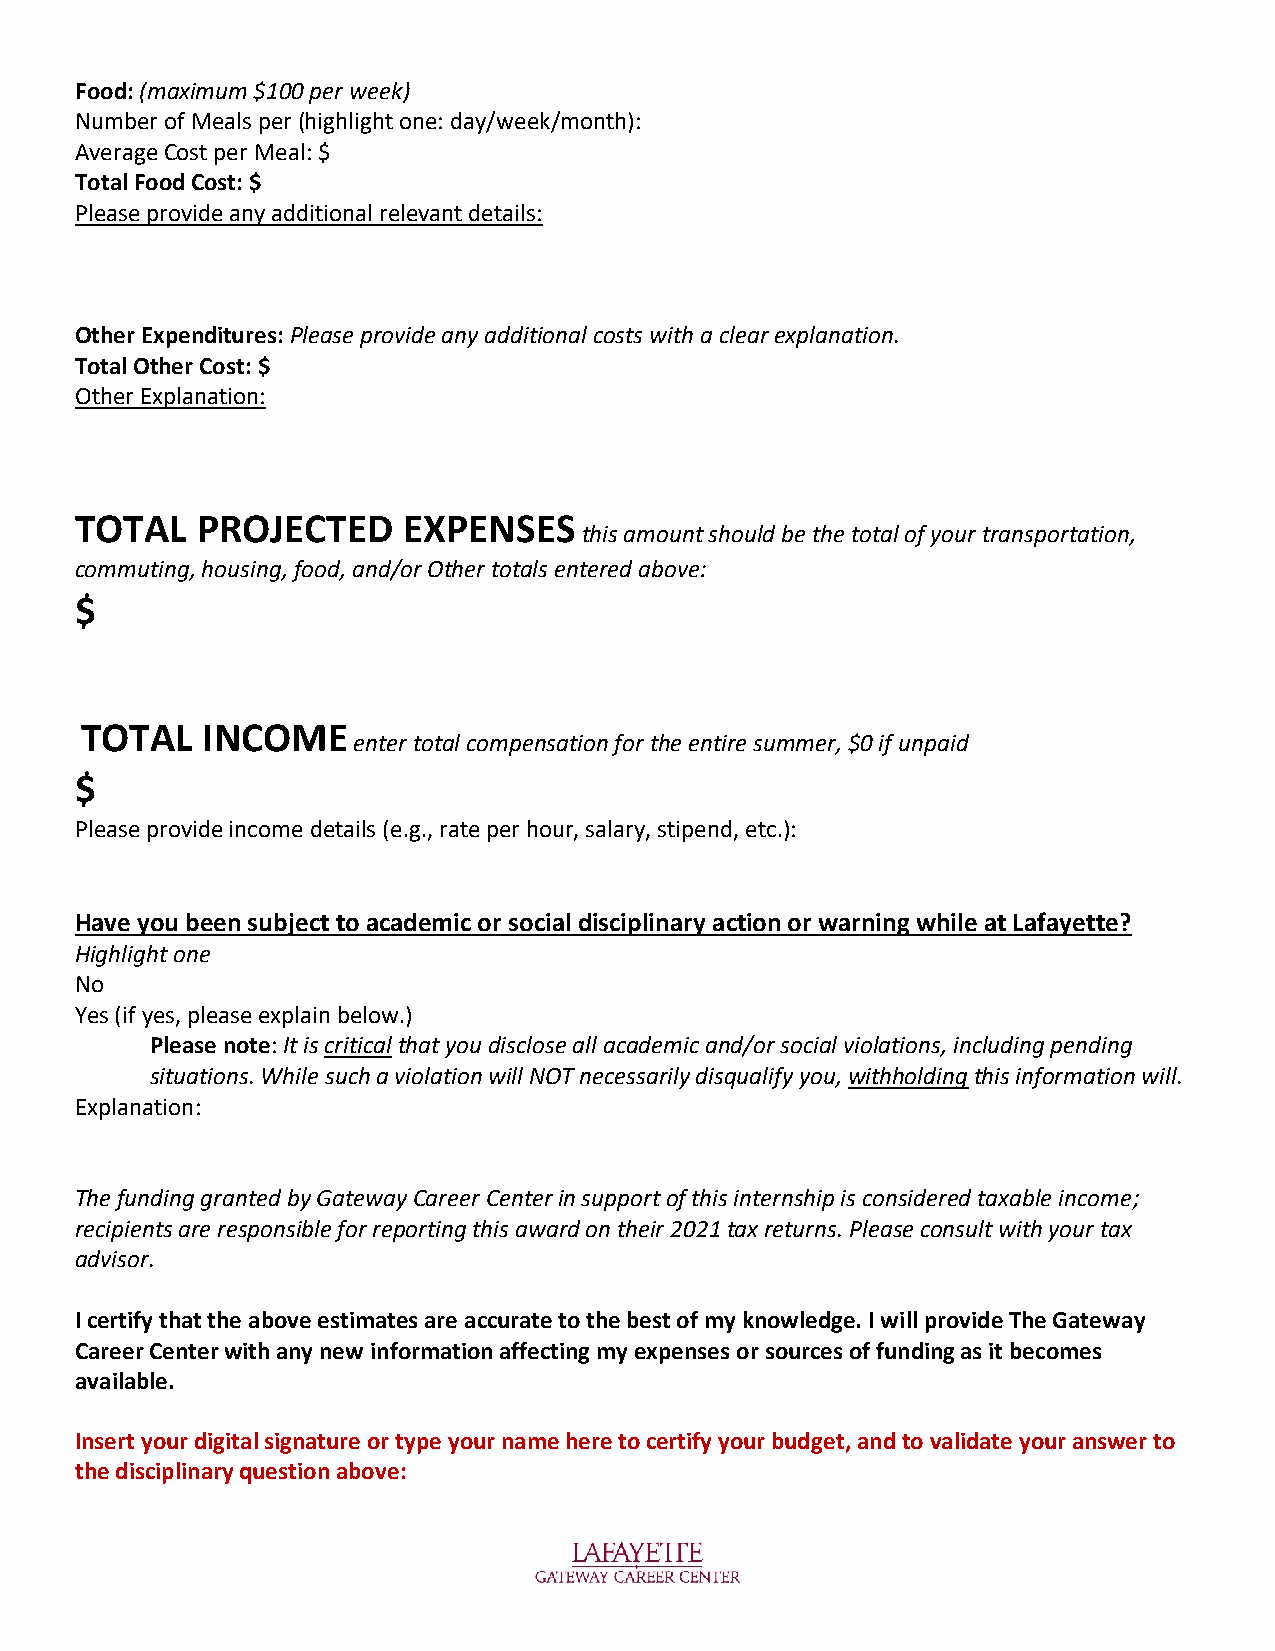
Food: (maximum $100 per week)
 Number of Meals per (highlight one: day/week/month):
 Average Cost per Meal: $
 Total Food Cost: $
 Please provide any additional relevant details:
 Other Expenditures: Please provide any additional costs with a clear explanation.
 Total Other Cost: $
 Other Explanation:
 TOTAL   PROJECTED     EXPENSES
 this amount should be the total of your transportation,
 commuting, housing, food, and/or Other totals entered above:
 $
 TOTAL   INCOME
 enter total compensation for the entire summer, $0 if unpaid
 $
 Please provide income details (e.g., rate per hour, salary, stipend, etc.):
 Have you been subject to academic or social disciplinary action or warning while at Lafayette?
 Highlight one
 No
 Yes (if yes, please explain below.)
 Please note: It is critical that you disclose all academic and/or social violations, including pending
 situations. While such a violation will NOT necessarily disqualify you, withholding this information will.
 Explanation:
 The funding granted by Gateway Career Center in support of this internship is considered taxable income;
 recipients are responsible for reporting this award on their 2021 tax returns. Please consult with your tax
 advisor.
 I certify that the above estimates are accurate to the best of my knowledge. I will provide The Gateway
 Career Center with any new information affecting my expenses or sources of funding as it becomes
 available.
 Insert your digital signature or type your name here to certify your budget, and to validate your answer to
 the disciplinary question above: